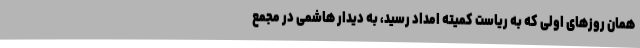
همان روزهای اولی که به ریاست کمیته امداد رسید، به دیدار هاشمی در مجمع